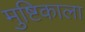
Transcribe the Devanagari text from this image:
मुष्टिकाला